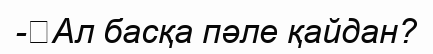
-	Ал басқа пәле қайдан?